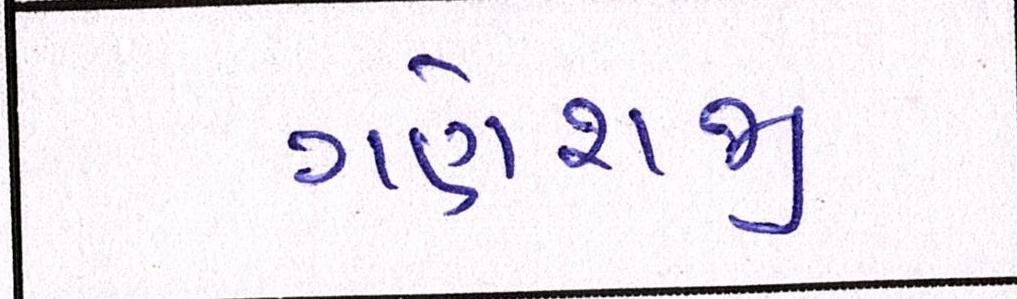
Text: ગણેશજી